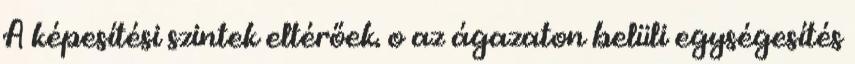
A képesítési szintek eltérőek. o az ágazaton belüli egységesítés